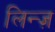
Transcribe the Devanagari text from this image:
लिन्ज़